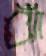
ঝাঁ